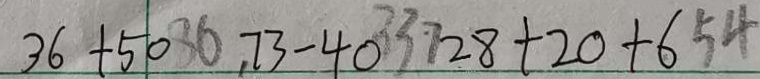
3 6 + 5 0 3 6 7 3 - 4 0 3 3 7 2 8 + 2 0 + 6 5 4